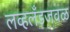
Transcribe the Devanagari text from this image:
लव्हलँडजवळ